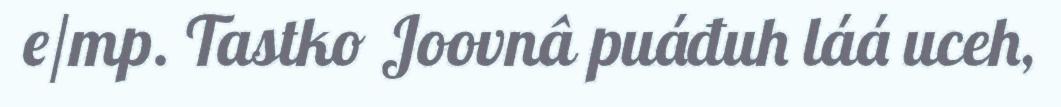
e/mp. Tastko Joovnâ puáđuh láá uceh,